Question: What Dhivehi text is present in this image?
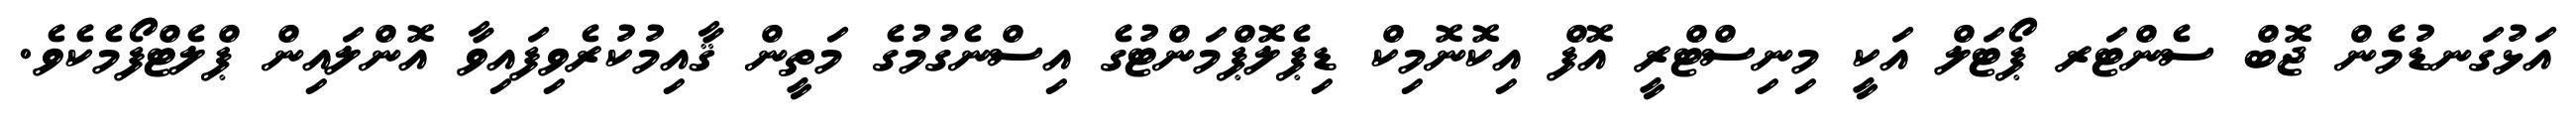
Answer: އަޅުގަނޑުމެން ޖޮބް ސެންޓަރ ޕޯޓަލް އަކީ މިނިސްޓްރީ އޮފް އިކޮނޮމިކް ޑިޕެލޮޕްމަންޓުގެ އިސްނެގުމުގެ މަތީން ޤާއިމުކުރެވިފައިވާ އޮންލައިން ޕްލެޓްފޯމެކެވެ.